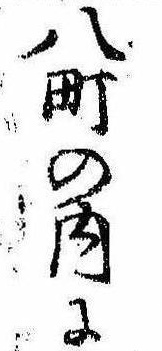
八町の内に